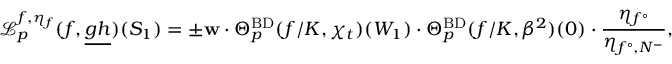
\mathscr { L } _ { p } ^ { { \boldsymbol { f } } , \eta _ { f } } ( f , \underline { { { \boldsymbol { g } } { \boldsymbol { h } } } } ) ( S _ { 1 } ) = \pm \mathbf { w } \cdot \Theta _ { p } ^ { \mathrm { B D } } ( f / K , \chi _ { t } ) ( W _ { 1 } ) \cdot \Theta _ { p } ^ { \mathrm { B D } } ( f / K , \beta ^ { 2 } ) ( 0 ) \cdot \frac { \eta _ { f ^ { \circ } } } { \eta _ { f ^ { \circ } , N ^ { - } } } ,